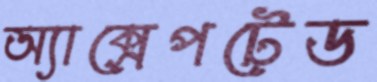
অ্যাক্সেপটেড